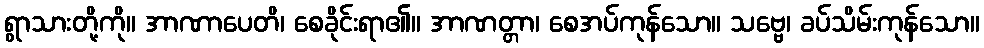
ရွာသားတို့ကို။ အာဏာပေတိ၊ စေခိုင်းရာ၏။ အာဏတ္တာ၊ စေအပ်ကုန်သော။ သဗ္ဗေ၊ ခပ်သိမ်းကုန်သော။